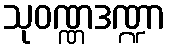
သုဝဏ္ဏဒဏ္ဍာ